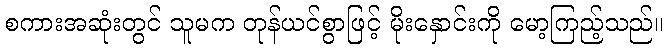
စကားအဆုံးတွင် သူမက တုန်ယင်စွာဖြင့် မိုးနှောင်းကို မော့ကြည့်သည်။